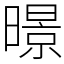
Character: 暻